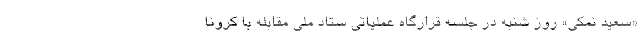
«سعید نمکی» ‌روز شنبه در جلسه قرارگاه عملیاتی ستاد ملی مقابله با کرونا